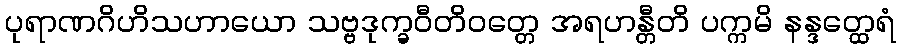
ပုရာဏဂိဟိသဟာယော သဗ္ဗဒုက္ခဝီတိဝတ္တေ အရဟန္တီတိ ပက္ကမိ နန္ဒတ္ထေရံ